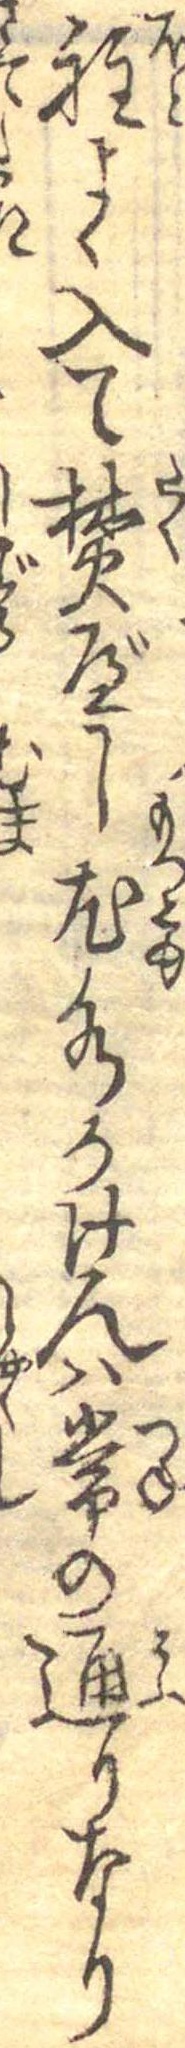
程よく入て焚べし尤水かけんは常の通りなり